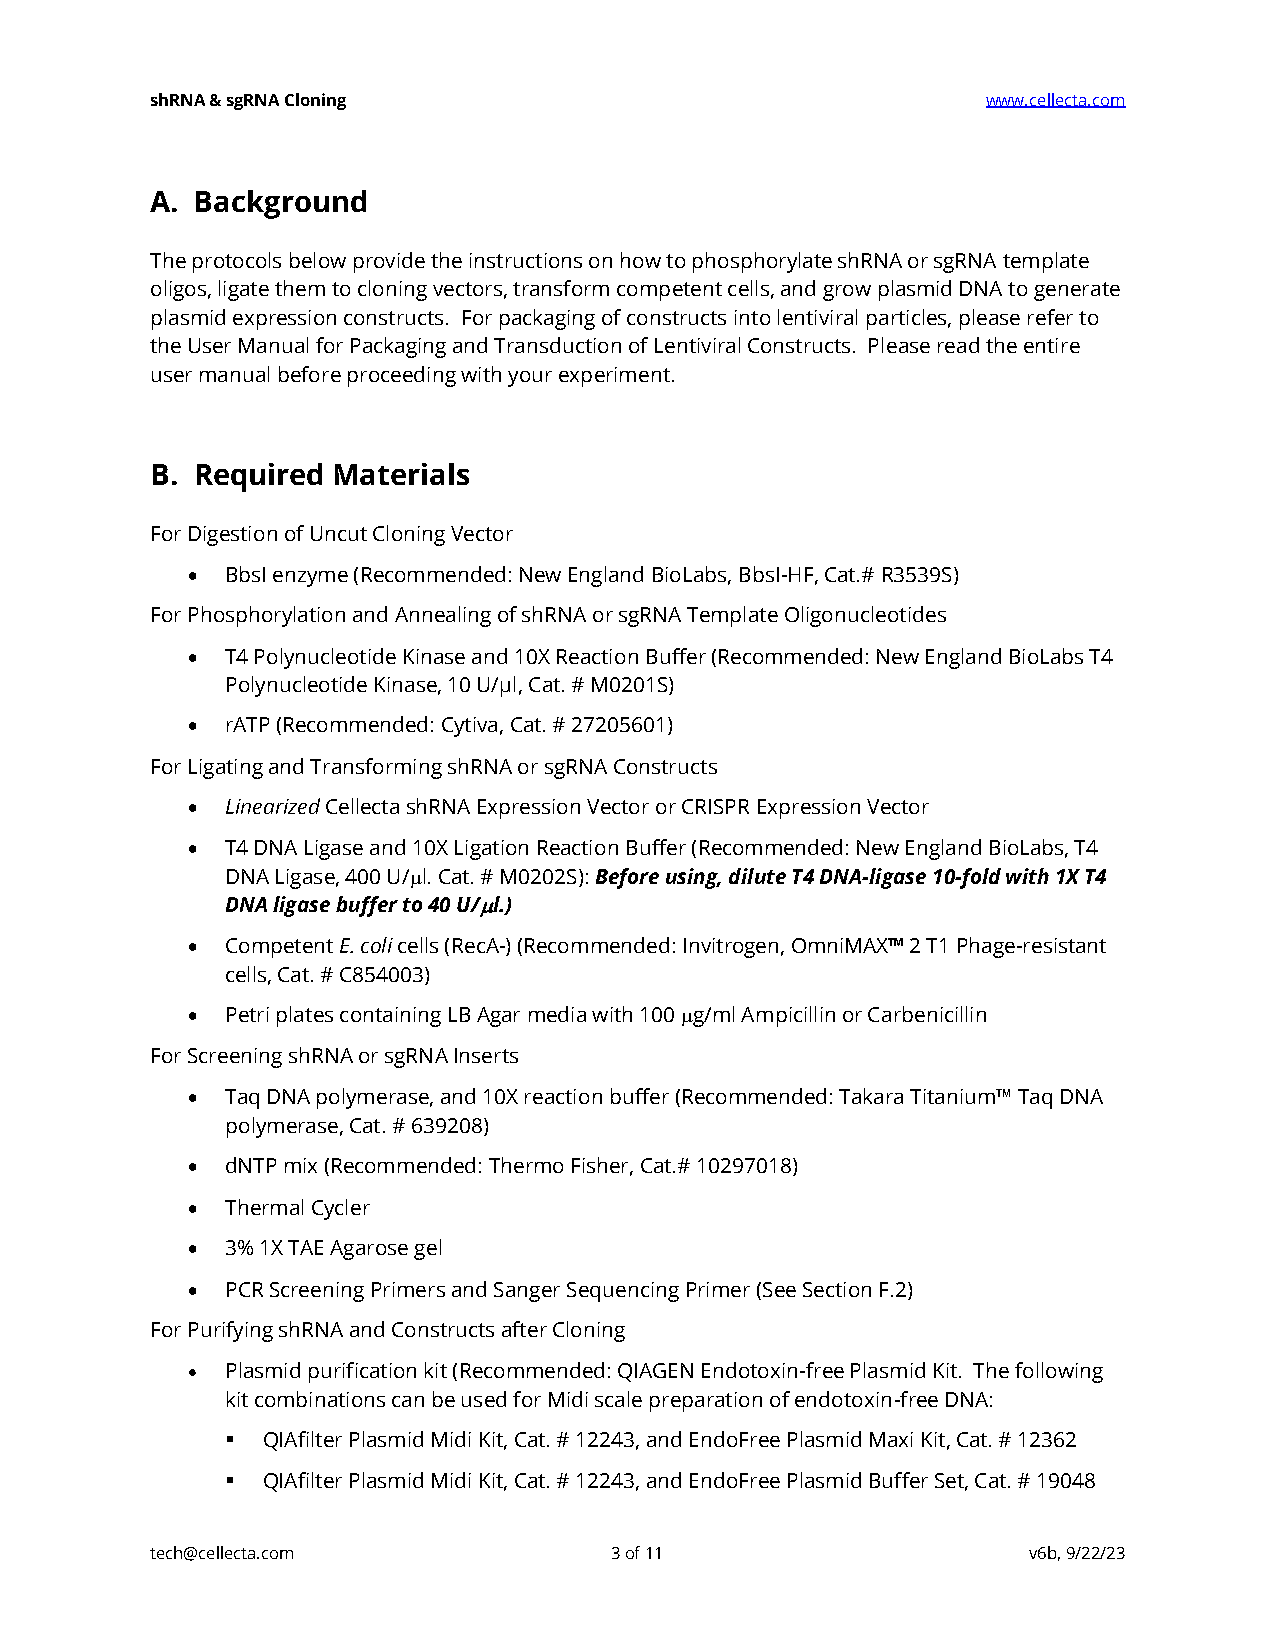
shRNA & sgRNA Cloning                                  www.cellecta.com
 A. Background
 The protocols below provide the instructions on how to phosphorylate shRNA or sgRNA template
 oligos, ligate them to cloning vectors, transform competent cells, and grow plasmid DNA to generate
 plasmid expression constructs. For packaging of constructs into lentiviral particles, please refer to
 the User Manual for Packaging and Transduction of Lentiviral Constructs. Please read the entire
 user manual before proceeding with your experiment.
 B. Required Materials
 For Digestion of Uncut Cloning Vector
 •  BbsI enzyme (Recommended: New England BioLabs, BbsI-HF, Cat.# R3539S)
 For Phosphorylation and Annealing of shRNA or sgRNA Template Oligonucleotides
 •  T4 Polynucleotide Kinase and 10X Reaction Buffer (Recommended: New England BioLabs T4
 Polynucleotide Kinase, 10 U/μl, Cat. # M0201S)
 •  rATP (Recommended: Cytiva, Cat. # 27205601)
 For Ligating and Transforming shRNA or sgRNA Constructs
 •  Linearized Cellecta shRNA Expression Vector or CRISPR Expression Vector
 •  T4 DNA Ligase and 10X Ligation Reaction Buffer (Recommended: New England BioLabs, T4
 DNA Ligase, 400 U/l. Cat. # M0202S): Before using, dilute T4 DNA-ligase 10-fold with 1X T4
 DNA ligase buffer to 40 U/l.)
 •  Competent E. coli cells (RecA-) (Recommended: Invitrogen, OmniMAX™ 2 T1 Phage-resistant
 cells, Cat. # C854003)
 •  Petri plates containing LB Agar media with 100 g/ml Ampicillin or Carbenicillin
 For Screening shRNA or sgRNA Inserts
 •  Taq DNA polymerase, and 10X reaction buffer (Recommended: Takara Titanium™ Taq DNA
 polymerase, Cat. # 639208)
 •  dNTP mix (Recommended: Thermo Fisher, Cat.# 10297018)
 •  Thermal Cycler
 •  3% 1X TAE Agarose gel
 •  PCR Screening Primers and Sanger Sequencing Primer (See Section F.2)
 For Purifying shRNA and Constructs after Cloning
 •  Plasmid purification kit (Recommended: QIAGEN Endotoxin-free Plasmid Kit. The following
 kit combinations can be used for Midi scale preparation of endotoxin-free DNA:
 ▪ QIAfilter Plasmid Midi Kit, Cat. # 12243, and EndoFree Plasmid Maxi Kit, Cat. # 12362
 ▪ QIAfilter Plasmid Midi Kit, Cat. # 12243, and EndoFree Plasmid Buffer Set, Cat. # 19048
 tech@cellecta.com             3 of 11                     v6b, 9/22/23